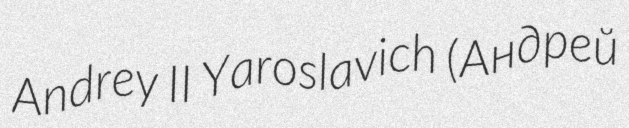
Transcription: Andrey II Yaroslavich (Андрей